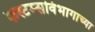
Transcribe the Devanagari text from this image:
कस्टम्सविभागाच्या